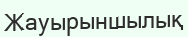
Жауырыншылық